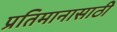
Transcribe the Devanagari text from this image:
प्रतिमानासाठी